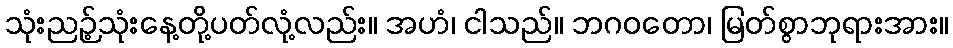
သုံးညဉ့်သုံးနေ့တို့ပတ်လုံ့လည်း။ အဟံ၊ ငါသည်။ ဘဂဝတော၊ မြတ်စွာဘုရားအား။